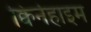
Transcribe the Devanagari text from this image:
क्विर्नहाइम